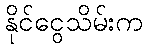
နိုင်ငွေသိမ်းက